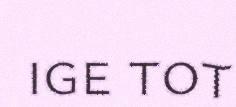
ige tot